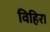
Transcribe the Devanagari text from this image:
विहिरा